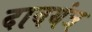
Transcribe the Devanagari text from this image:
दाबयंत्र